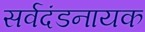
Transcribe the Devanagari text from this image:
सर्वदंडनायक